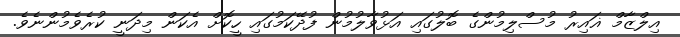
އިލްޒާމް ޣައިރު މުސްލިމުންގެ ބޮލުގައި އަޅުވާލުމުން ފުދޭކަމުގައި ހީކޮށް އެކަން މިދަނީ ކުރެވެމުންނެވެ.